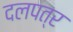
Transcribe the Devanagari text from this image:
दलपत्र